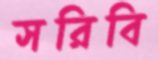
সরিবি